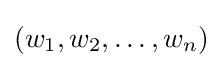
(w_{1},w_{2},\ldots ,w_{n})